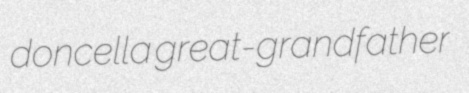
doncella great-grandfather